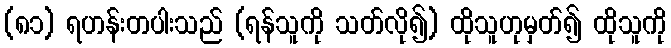
(၈၁) ရဟန်းတပါးသည် (ရန်သူကို သတ်လို၍) ထိုသူဟုမှတ်၍ ထိုသူကို